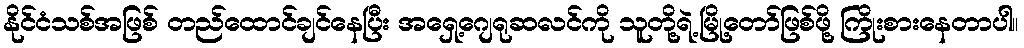
နိုင်ငံသစ်အဖြစ် တည်ထောင်ချင်နေပြီး အရှေ့ဂျေရုဆလင်ကို သူတို့ရဲ့မြို့တော်ဖြစ်ဖို့ ကြိုးစားနေတာပါ။